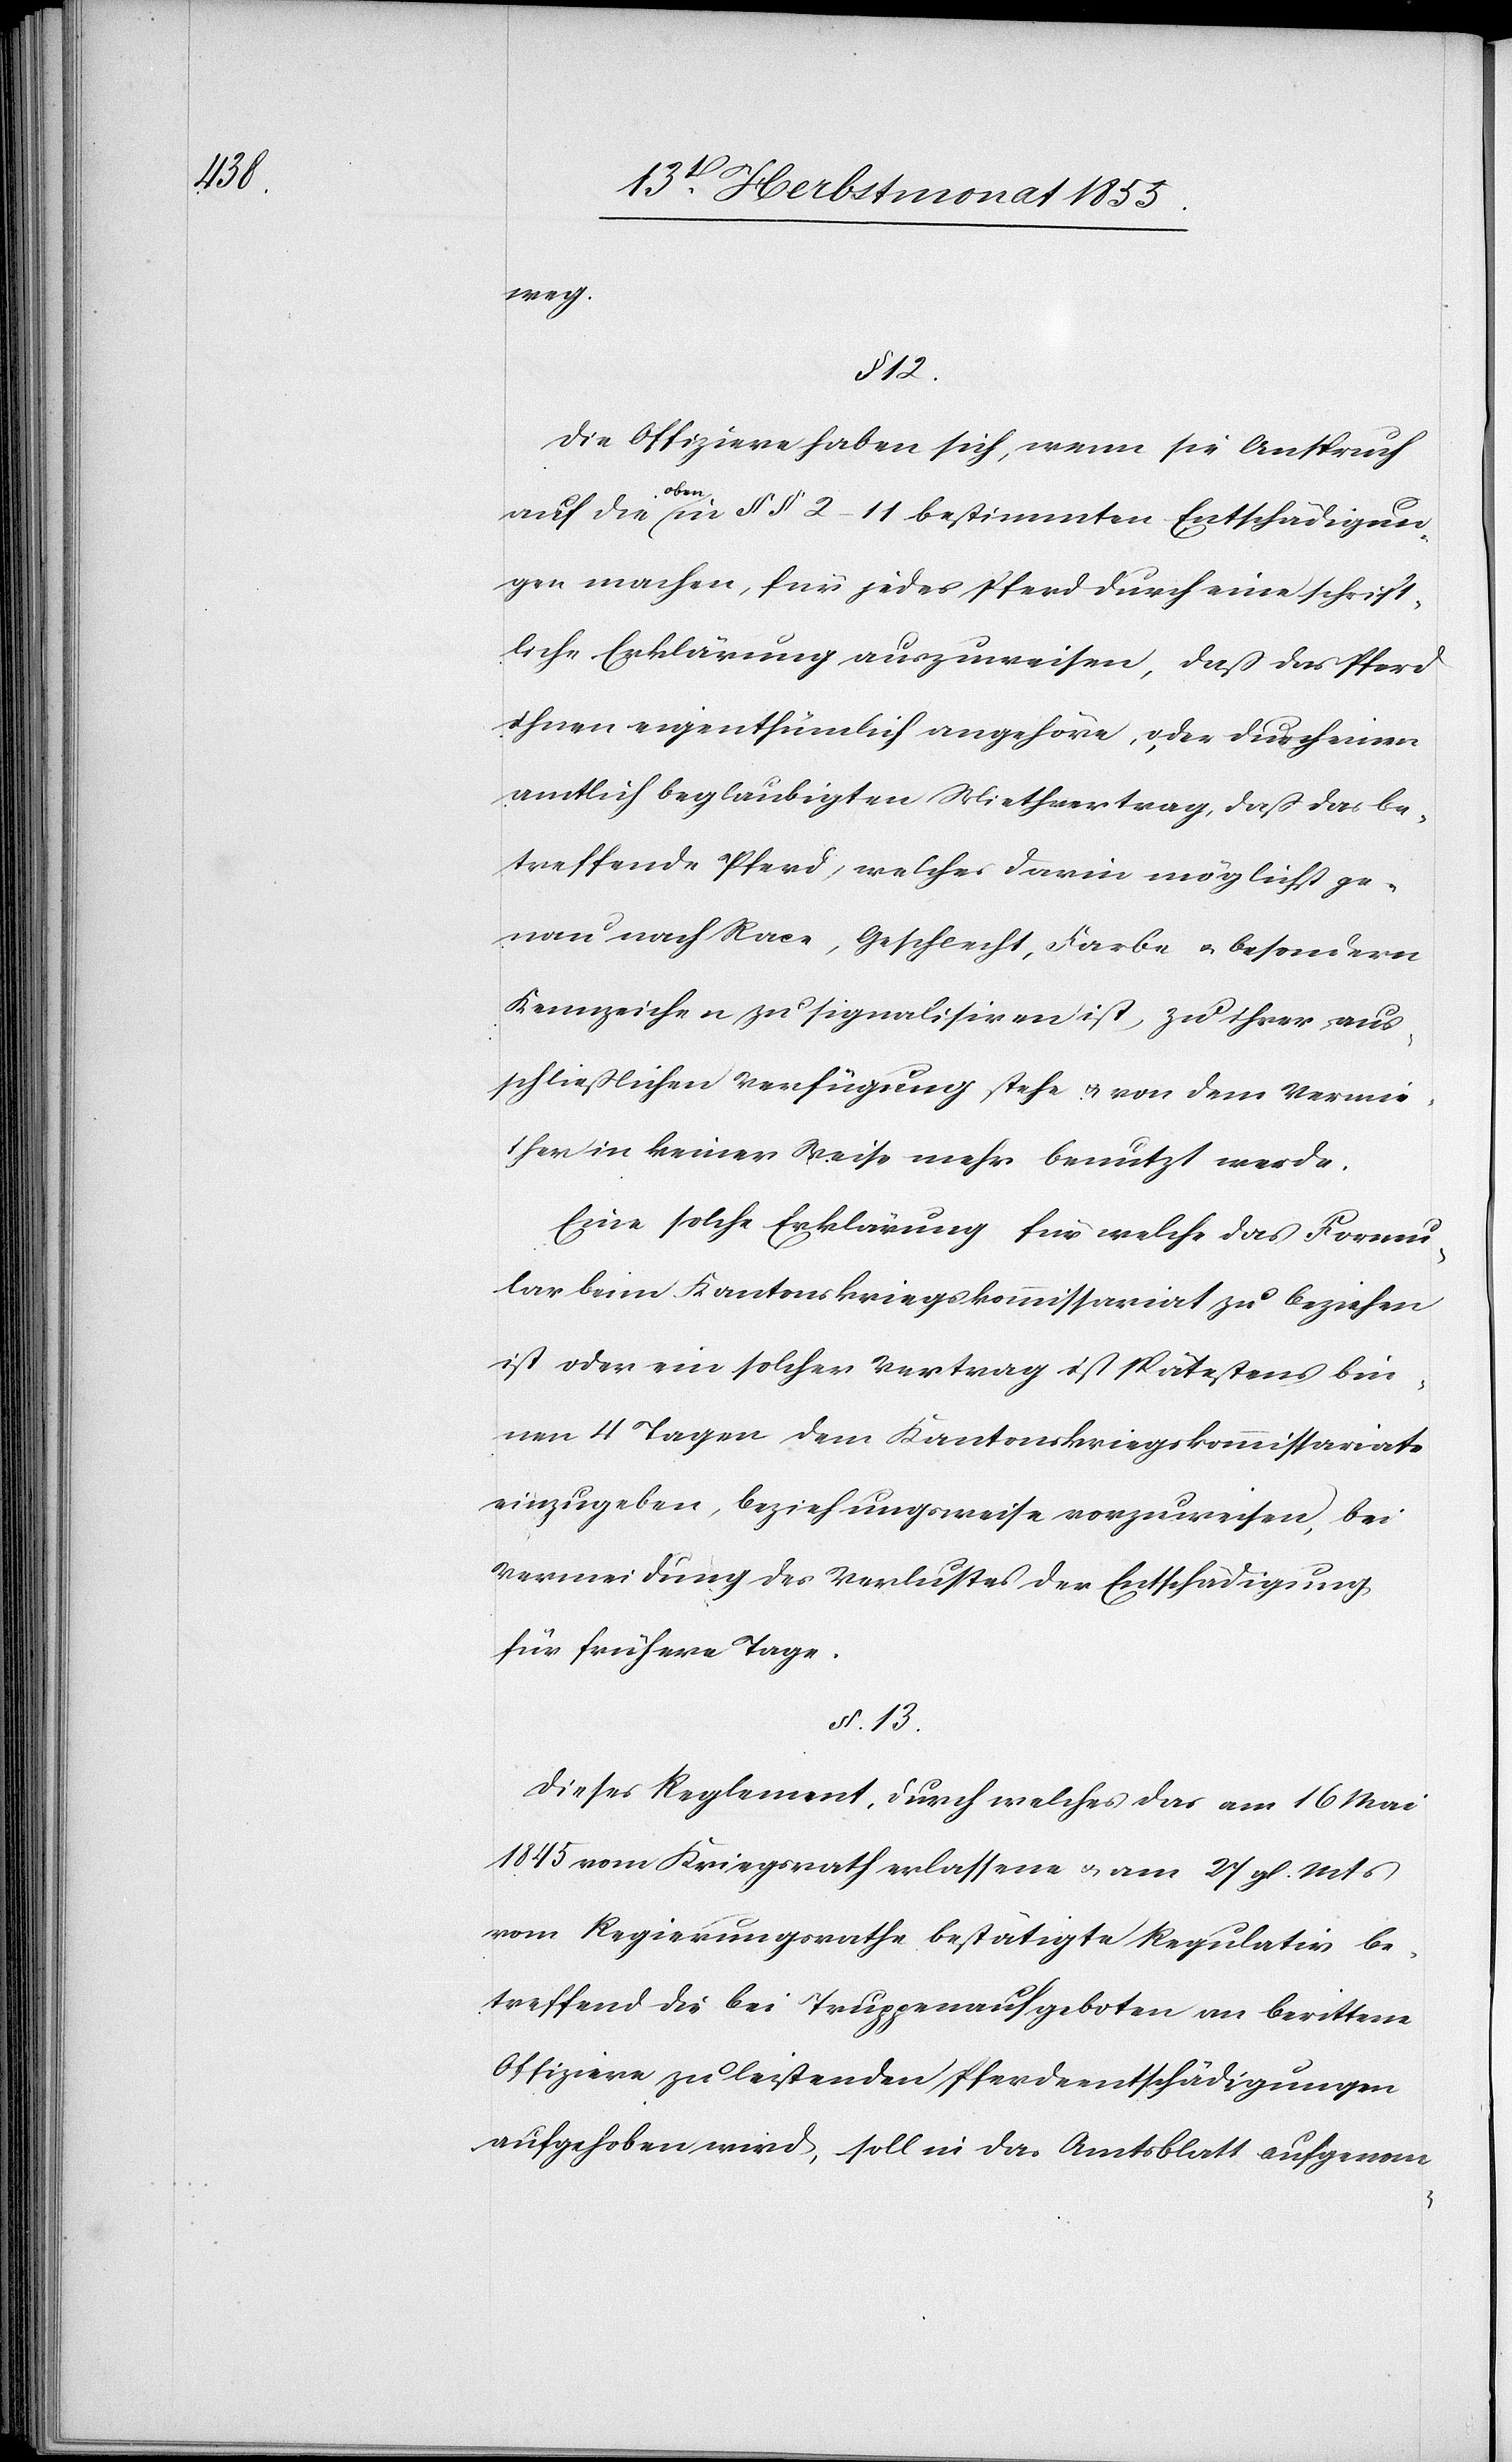
weg.
12.
Die Offiziere haben sich, wenn sie Anspruch
auf die oben in §§ 2–11 bestimmten Entschädigun¬
gen machen, für jedes Pferd durch eine schrift¬
liche Erklärung auszuweisen, daß das Pferd
ihnen eigenthümlich angehöre, oder durch einen
amtlich beglaubigten Miethvertrag, daß das be¬
treffende Pferd, welches darin möglichst ge¬
nau nach Race, Geschlecht, Farbe & besondern
Kennzeichen zu signalisiren ist, zu ihrer aus¬
schließlichen Verfügung stehe & von dem Vermie¬
ther in keiner Weise mehr benutzt werde.
Eine solche Erklärung für welche das Formu¬
lar beim Kantonskriegskommissariat zu beziehen
ist oder ein solcher Vertrag ist spätestens bin¬
nen 4 Tagen dem Kantonskriegskommissariate
einzugeben, beziehungsweise vorzuweisen, bei
Vermeidung des Verlustes der Entschädigung
für frühere Tage.
§. 13.
Dieses Reglement, durch welches das am 16 Mai
1845 vom Kriegsrath erlassene & am 27 gl. Mts
vom Regierungsrathe bestätigte Regulativ be¬
treffend die bei Truppenaufgeboten an berittene
Offiziere zu leistenden Pferdeentschädigungen
aufgehoben wird, soll in das Amtsblatt aufgenom-